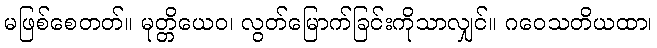
မဖြစ်စေတတ်။ မုတ္တိယေဝ၊ လွတ်မြောက်ခြင်းကိုသာလျှင်။ ဂဝေသတိယထာ၊